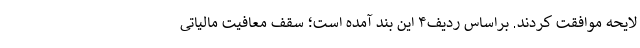
لایحه موافقت کردند. براساس ردیف۴ این بند آمده است؛ سقف معافیت مالیاتی